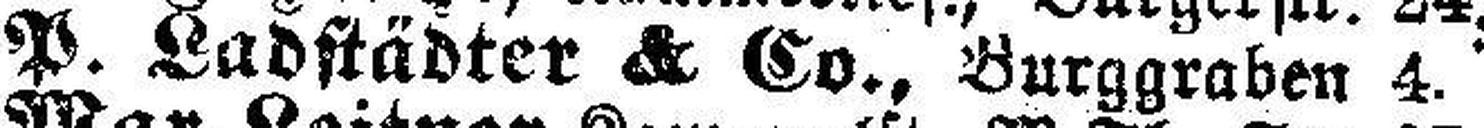
P. Ladstädter & Co., Burggraben 4.